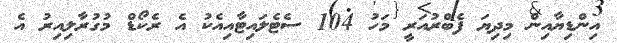
އިންޑިޔާއިން މިދިޔަ ފެބްރުއަރީ މަހު 104 ސެޓެލައިޓާއިއެކު އެ ރެކޯޑް މުގުރާލިއިރު އެ